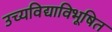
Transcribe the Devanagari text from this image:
उच्यविद्याविभूषित